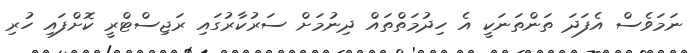
ނަމަވެސް އެފަދަ ތަންތަނަކީ އެ ހިދުމަތްތައް ދިނުމަށް ސަރުކާރުގައި ރަޖިސްޓްރީ ކޮށްފައި ހުރި